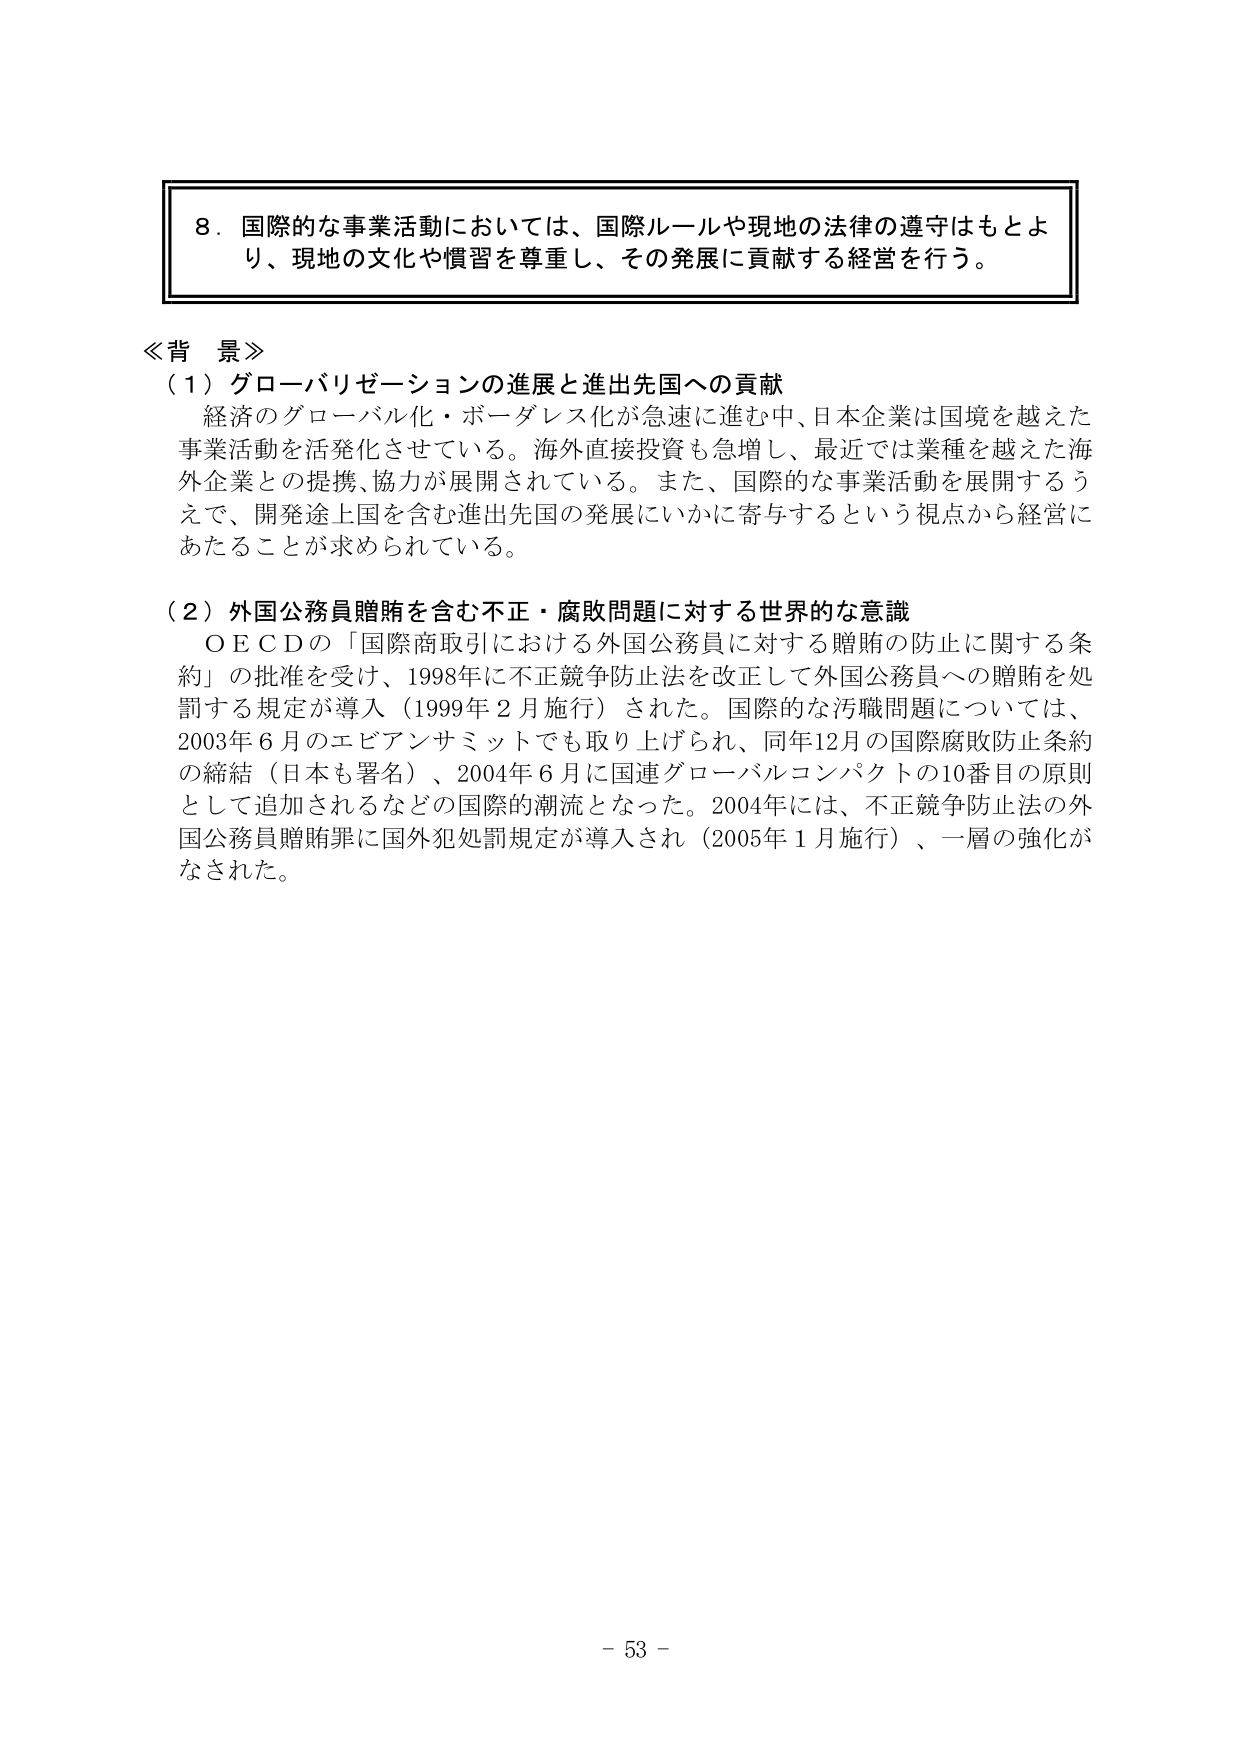
8．国際的な事業活動においては、国際ルールや現地の法律の遵守はもとより、現地の文化や慣習を尊重し、その発展に貢献する経営を行う。

≪背景≫
（1）グローバリゼーションの進展と進出先国への貢献
経済のグローバル化・ボーダレス化が急速に進む中、日本企業は国境を越えた事業活動を活発化させている。海外直接投資も急増し、最近では業種を越えた海外企業との提携、協力が展開されている。また、国際的な事業活動を展開するうえで、開発途上国を含む進出先国の発展にいかに寄与するという視点から経営にあたることが求められている。

（2）外国公務員贈賄を含む不正・腐敗問題に対する世界的な意識
ＯＥＣＤの「国際商取引における外国公務員に対する贈賄の防止に関する条約」の批准を受け、1998年に不正競争防止法を改正して外国公務員への贈賄を処罰する規定が導入（1999年2月施行）された。国際的な汚職問題については、2003年6月のエビアンサミットでも取り上げられ、同年12月の国際腐敗防止条約の締結（日本も署名）、2004年6月に国連グローバルコンパクトの10番目の原則として追加されるなどの国際的潮流となった。2004年には、不正競争防止法の外国公務員贈賄罪に国外犯処罰規定が導入され（2005年1月施行）、一層の強化がなされた。

- 53 -